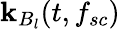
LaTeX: \mathbf{k}_{B_{l}}(t,f_{sc})